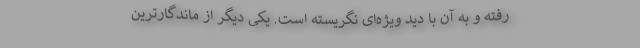
رفته و به آن با دید ویژه‌ای نگریسته است. یکی دیگر از ماندگارترین